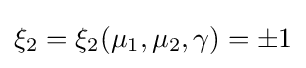
\xi _{2}=\xi _{2}(\mu _{1},\mu _{2},\gamma )=\pm 1